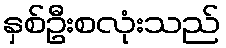
နှစ်ဦးစလုံးသည်